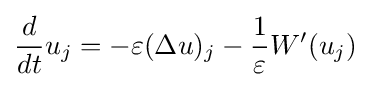
{\frac {d}{dt}}u_{j}=-\varepsilon (\Delta u)_{j}-{\frac {1}{\varepsilon }}W'(u_{j})